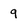
Character: 9